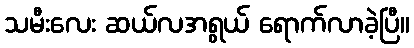
သမီးလေး ဆယ်လအရွယ် ရောက်လာခဲ့ပြီ။